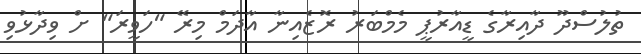
ތުލުސްދޫ ދާއިރާގެ ޑީއާރުޕީ މެމްބަރު ރޮޒެއިނާ އާދަމް މިރޭ "ހަވީރަ" ށް ވިދާޅުވި